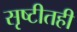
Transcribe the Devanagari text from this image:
सृष्टीतही